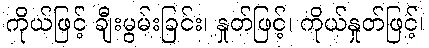
ကိုယ်ဖြင့် ချီးမွမ်းခြင်း၊ နှုတ်ဖြင့်၊ ကိုယ်နှုတ်ဖြင့်၊